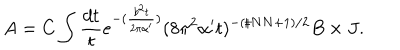
A = C \int \frac { d t } { t } e ^ { - ( \frac { b ^ { 2 } t } { 2 \pi \alpha ^ { \prime } } ) } ( 8 \pi ^ { 2 } \alpha ^ { \prime } t ) ^ { - ( \sharp N N + 1 ) / 2 } B \times J .